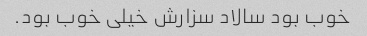
خوب بود سالاد سزارش خیلی خوب بود.